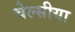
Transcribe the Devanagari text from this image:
चेल्सीया